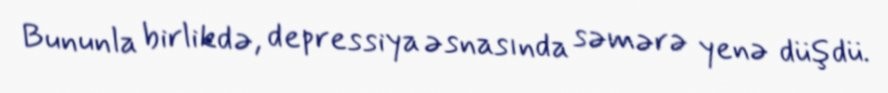
Bununla birlikdə, depressiya əsnasında səmərə yenə düşdü.